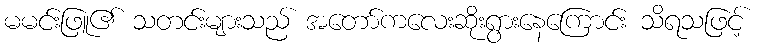
မမင်းဖြူ၏ သတင်းများသည် အတော်ကလေးဆိုးရွားနေကြောင်း သိရသဖြင့်